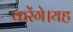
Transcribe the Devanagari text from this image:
करेंगे।यह